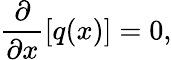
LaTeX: \frac{\partial}{\partial{x}}\left[{{q}(x)}\right]=0,